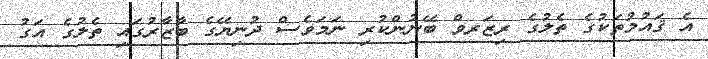
އެ ޤައުމުތަކުގެ ތެލުގެ ރިޒަރވް ބޭނުންކުރި ނަމަވެސް ދުނިޔޭގެ ބާޒާރުގައި ތެލުގެ އަގު